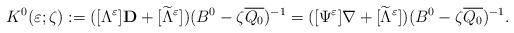
LaTeX: \begin{align*}K^0(\varepsilon ;\zeta):=([\Lambda ^\varepsilon ] \mathbf{D}+[\widetilde{\Lambda}^\varepsilon ])(B^0-\zeta \overline{Q_0})^{-1}=([\Psi ^\varepsilon ]\nabla +[\widetilde{\Lambda}^\varepsilon ])(B^0-\zeta \overline{Q_0})^{-1}.\end{align*}